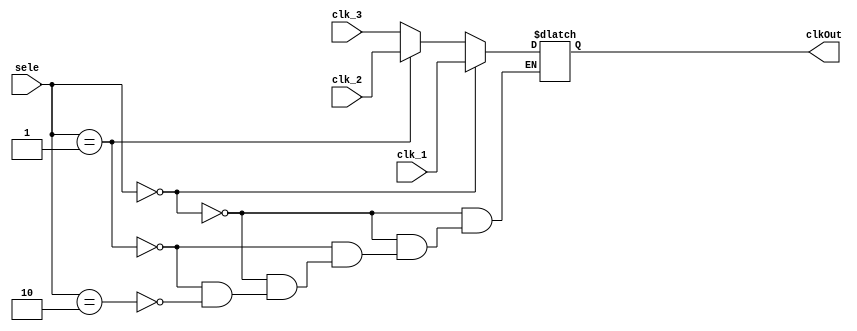
`timescale 1ns / 1ps
/**
* Company: ALTER, TFB-UPM
* Description:  is a mux which selects among 3 different clocks
*/
module ClockMux(

    input clk_1,
    input clk_2,
    input clk_3,
    input[1:0] sele,
    output clkOut
    );
    
    reg clk;
    
    assign clkOut = clk;
    
    always@(sele, clk_1, clk_2, clk_3) begin
        
        if(sele == 2'b00) begin
            clk = clk_1;
        end
        else if(sele == 2'b01) begin
            clk = clk_2;
        end
        else if(sele == 2'b10) begin
            clk = clk_3;
        end
            
    end

        
endmodule